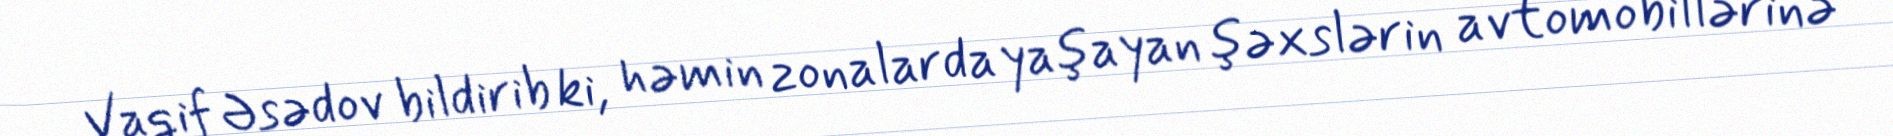
Vaqif Əsədov bildirib ki, həmin zonalarda yaşayan şəxslərin avtomobillərinə